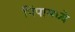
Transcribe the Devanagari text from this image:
पिंपामध्ये